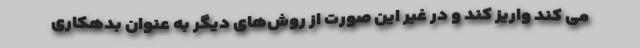
می کند واریز کند و در غیر این صورت از روش‌های دیگر به عنوان بدهکاری